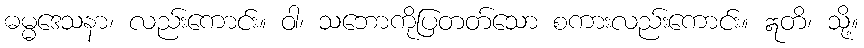
ဓမ္မဒေသနာ၊ လည်းကောင်း။ ဝါ၊ သဘောကိုပြတတ်သော စကားလည်းကောင်း။ ဣတိ၊ သို့။